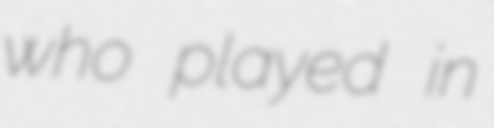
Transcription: who played in